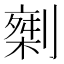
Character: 𠟇